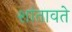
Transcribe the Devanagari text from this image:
शांतावते